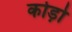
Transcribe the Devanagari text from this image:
कोड़ो